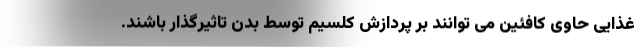
غذایی حاوی کافئین می توانند بر پردازش کلسیم توسط بدن تاثیرگذار باشند.